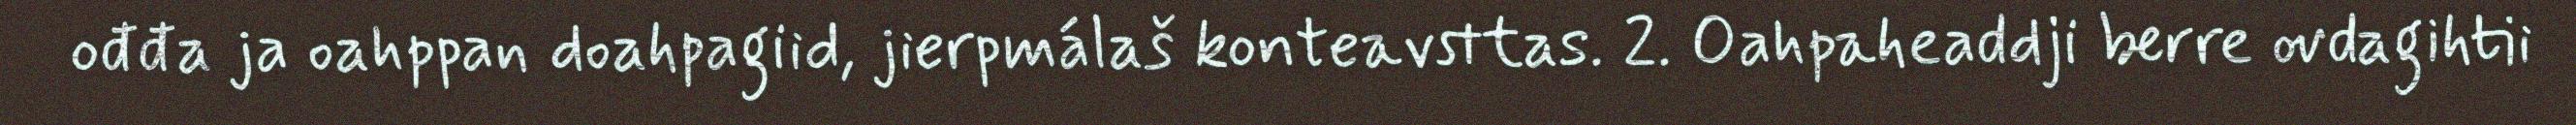
ođđa ja oahppan doahpagiid, jierpmálaš konteavsttas. 2. Oahpaheaddji berre ovdagihtii